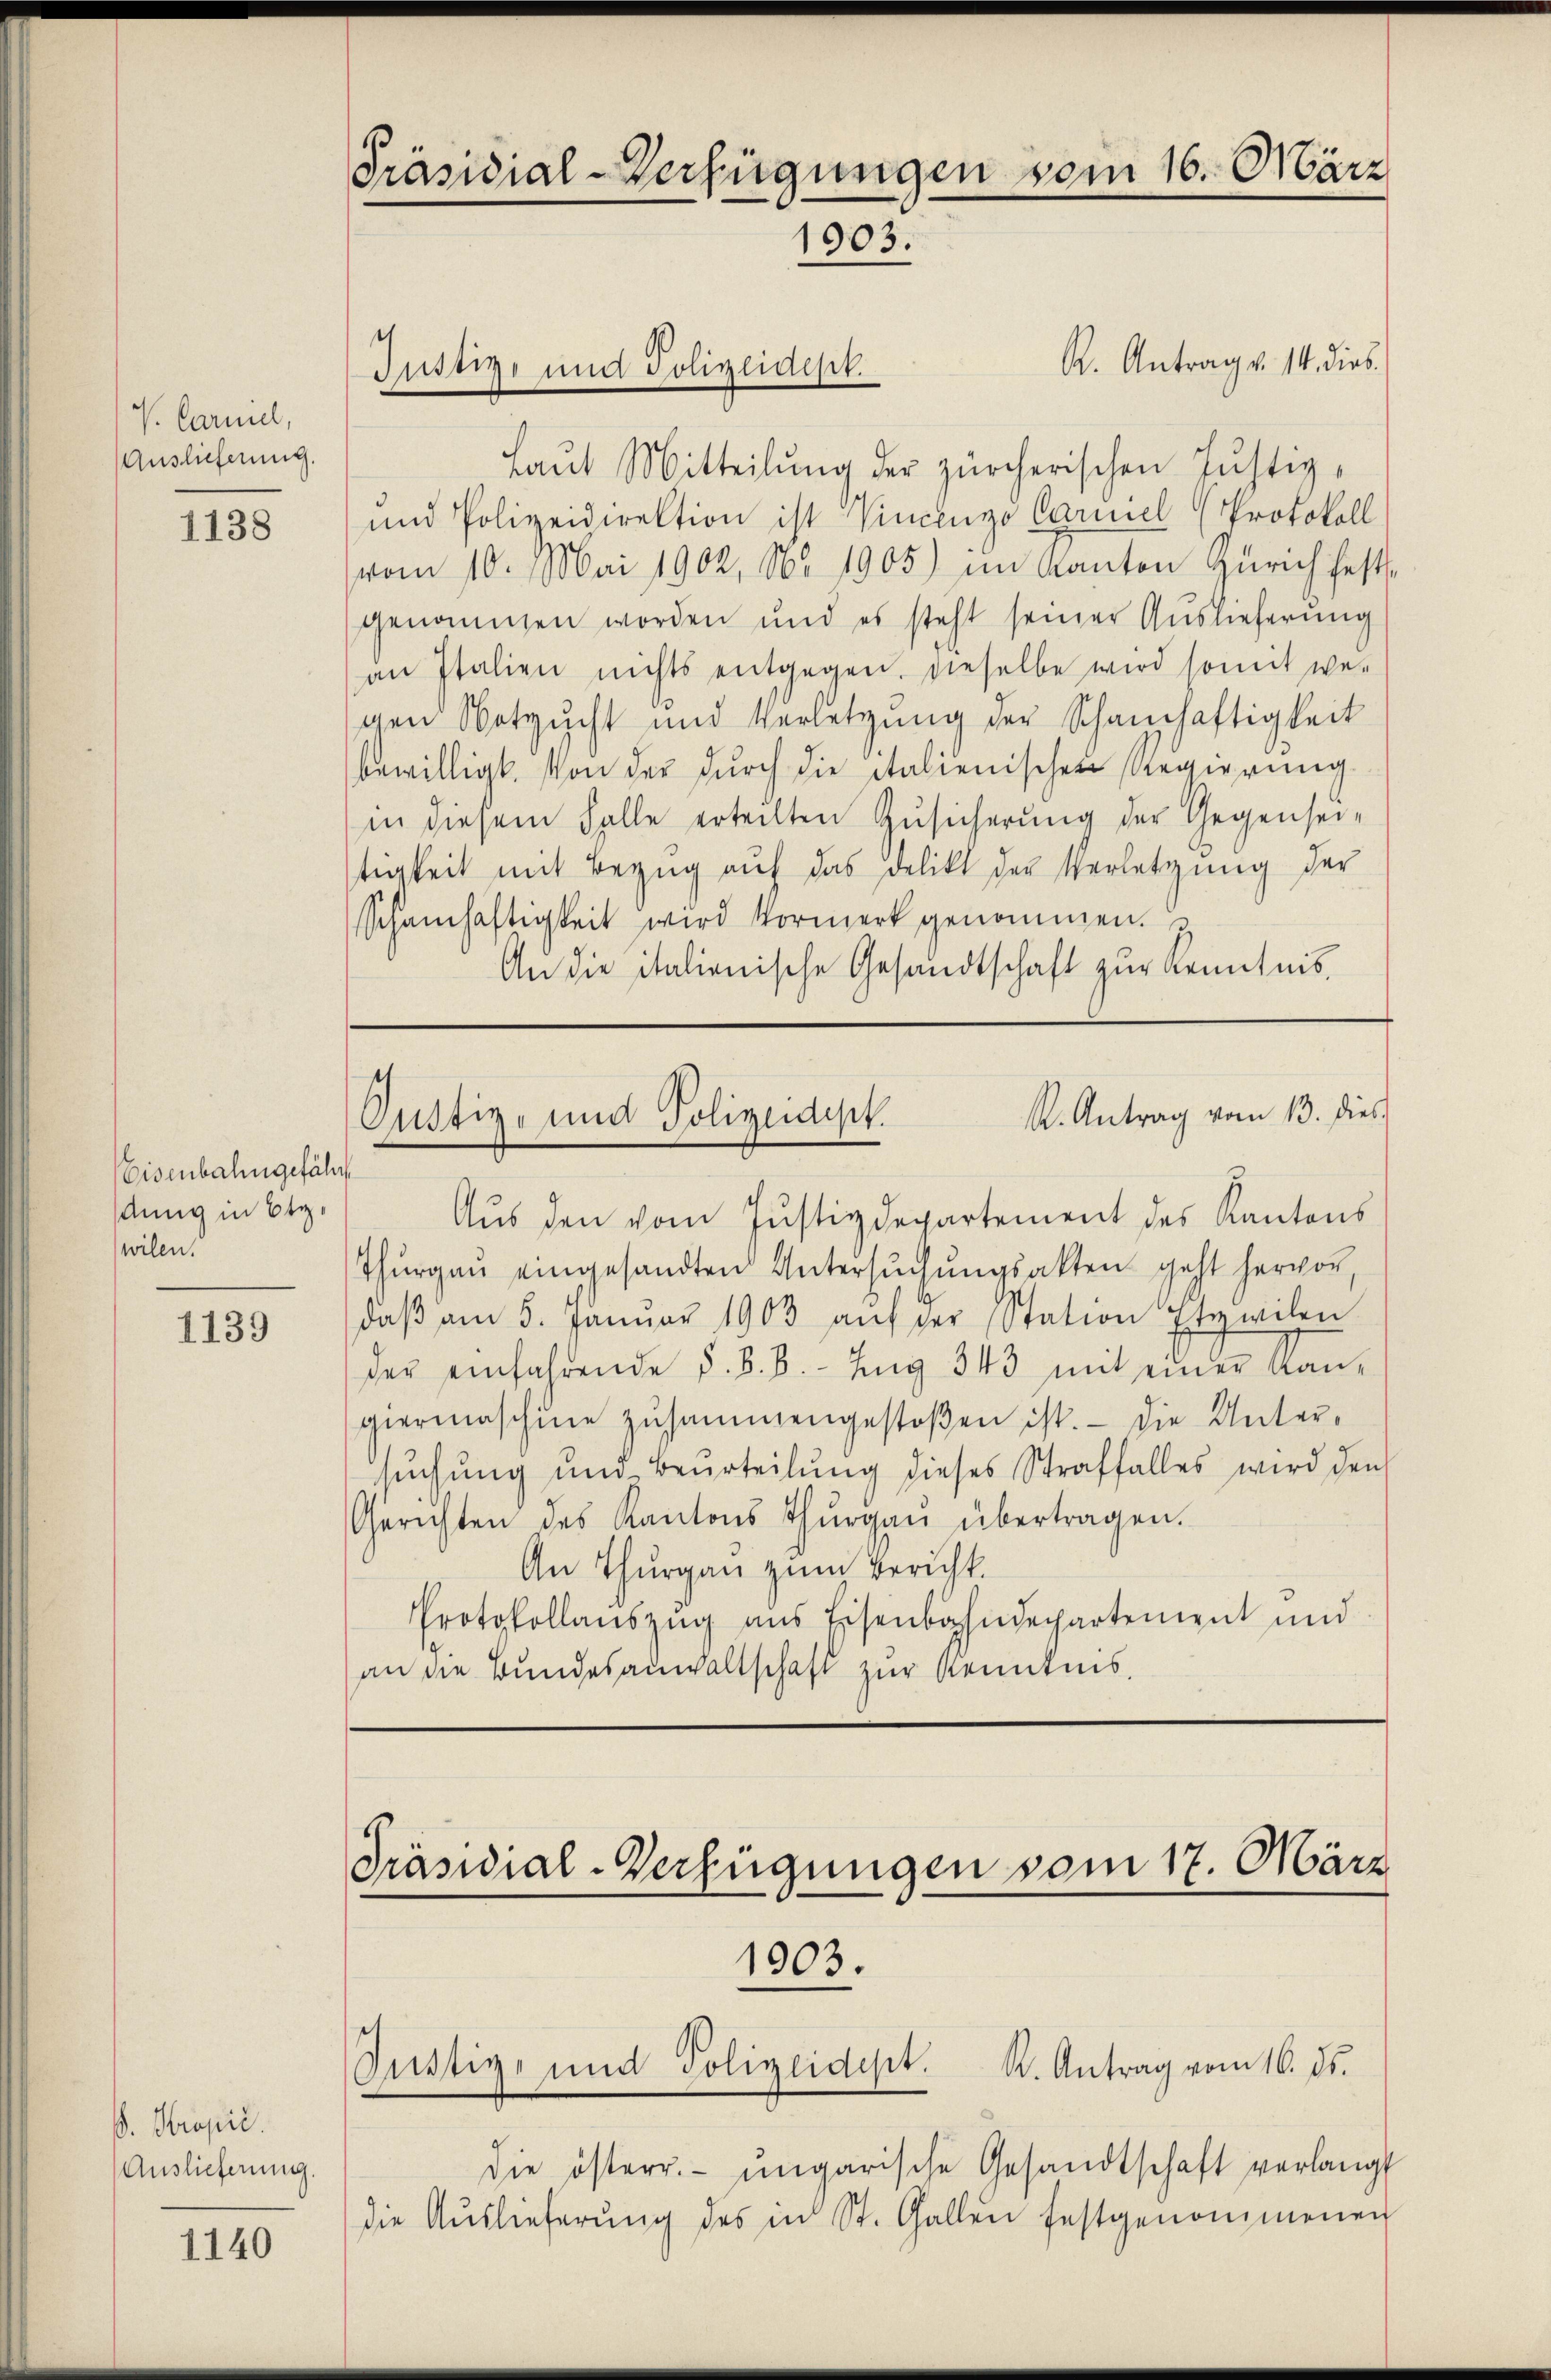
V. Carniel,
Auslieferung.

1138

Eisenbahngefähr
dung in Ety,
wilen.

1139

. Kropić.
Auslieferung.

1140

Präsidial-Verfügungen vom 16. März
1903.

Justiz und Polizeidest.

R. Antrag v. 14. dies
Laŭt Mitteilŭng der zürcherischen Justiz-
und Polizeidirektion ist Vincenzo Carmel (Protokoll
vom 10. Mai 1902, No 1905) im Kanton Zürich festgenannten worden und es steht seiner Auslieferung
an Italien nichts entgegen, dieselbe wird somit we-
gen Notzucht und Verletzung der Schamhaftigkeit
bewilligt. Von der durch die italienischen Regierung
in diesem Falle erteilten Zŭsicherŭng der Gegensei-
tigkeit mit Bezug auf das Delikt der Verletzung der
Schamhaftigkeit wird Vormerk genommen.
An die italienische Gesandtschaft zur Kenntnis,

Aus den vom Justizdepartement des Kantons
Thŭrgaŭ eingesandten Untersŭchŭngsakten geht hervor,
daβ am 5. Januar 1903 aŭf der Station Etzwilen
der einfahrende d. B. B. Zug 343 mit einer Kan-
giermaschine zusammengestoßen ist. — Die Untersuchung und Beurteilŭng dieses Straffalles wird den
Gerichten des Kantons Thŭrgaŭ übertragen.
An Thurgau zum Bericht.
Protokollaŭszŭg ans Eisenbahndepartement und
an die Bundesanwaltschaft zur Kenntnis.

R. Antrag vom 13. dies
Oustiz- und Polizeidept.

Präsidial-Verfügungen vom 17. März
1903.
Justiz- und Polizeidest. K. Antrag vom 16. ds.

die österr. ungarische Gesandtschaft verlangt
die Aŭslieferŭng des in St. Gallen festgenommenen